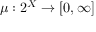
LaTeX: \mu : 2 ^ { X } \to [ 0 , \infty ]